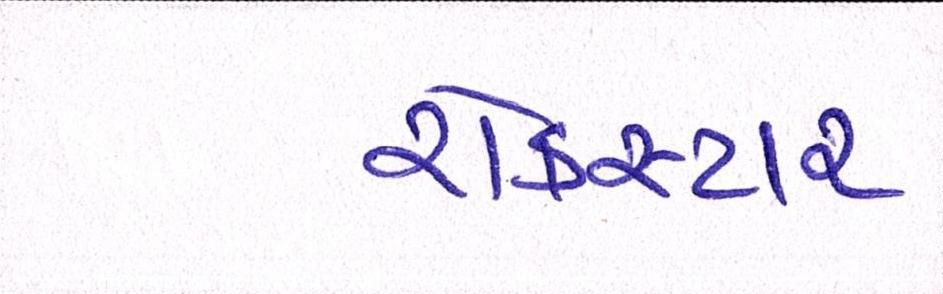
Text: રોકસ્ટાર